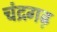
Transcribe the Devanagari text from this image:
चंद्रगढ़